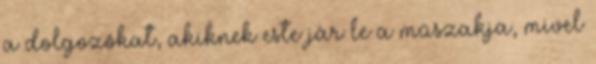
a dolgozókat, akiknek este jár le a műszakja, mivel